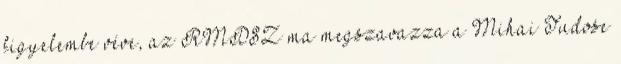
figyelembe véve, az RMDSZ ma megszavazza a Mihai Tudose